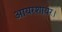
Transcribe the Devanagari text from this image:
आयरशायर।